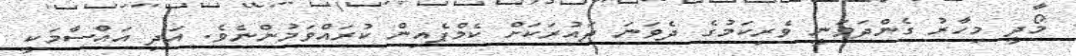
މޯދީ މިހާރު ގެންދަވަނީ ވެރިކަމުގެ ދެވަނަ ދައުރަކަށް ކެމްޕެއިން ކުރައްވަމުންނެވެ. އަދި އައްސާމަކީ